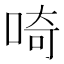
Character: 𠵇